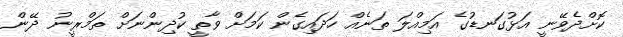
ކޮށްދެވޭނީ އަޅުގަނޑުގެ އަމިއްލަ ތަނެއް ހަދައިގެން ކަމަށް ވާތީ ކުދިންނަށް ތަމްރީނު ދޭން